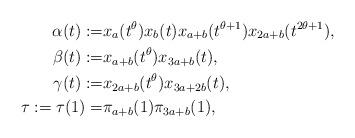
LaTeX: \begin{align*} \alpha(t):=& x_{a}(t^{\theta})x_{b}(t)x_{a+b}(t^{\theta+1})x_{2a+b}(t^{2\theta+1}),\\ \beta(t):=& x_{a+b}(t^{\theta})x_{3a+b}(t),\\ \gamma(t):=& x_{2a+b}(t^{\theta})x_{3a+2b}(t),\\ \tau:=\tau(1) =& \pi_{a+b}(1)\pi_{3a+b}(1),\end{align*}